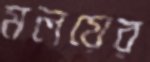
মলয়ের